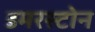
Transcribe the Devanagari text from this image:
डमरस्टोन